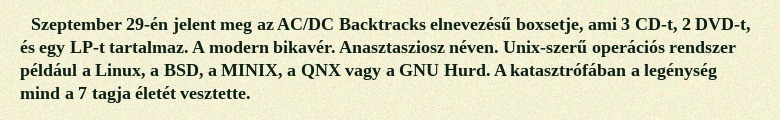
Szeptember 29-én jelent meg az AC/DC Backtracks elnevezésű boxsetje, ami 3 CD-t, 2 DVD-t, és egy LP-t tartalmaz. A modern bikavér. Anasztasziosz néven. Unix-szerű operációs rendszer például a Linux, a BSD, a MINIX, a QNX vagy a GNU Hurd. A katasztrófában a legénység mind a 7 tagja életét vesztette.